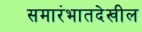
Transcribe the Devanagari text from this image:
समारंभातदेखील